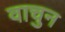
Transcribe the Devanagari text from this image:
वाचुन